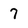
Character: 7